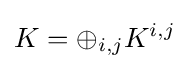
K=\oplus _{i,j}K^{i,j}